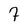
Character: 7